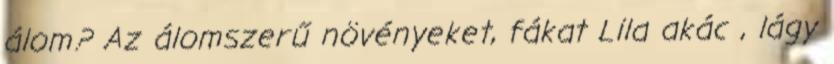
álom? Az álomszerű növényeket, fákat Lila akác , lágy